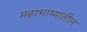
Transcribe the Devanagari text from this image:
महाभाष्यातील